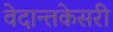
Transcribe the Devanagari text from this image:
वेदान्तकेसरी